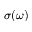
\sigma ( \omega )